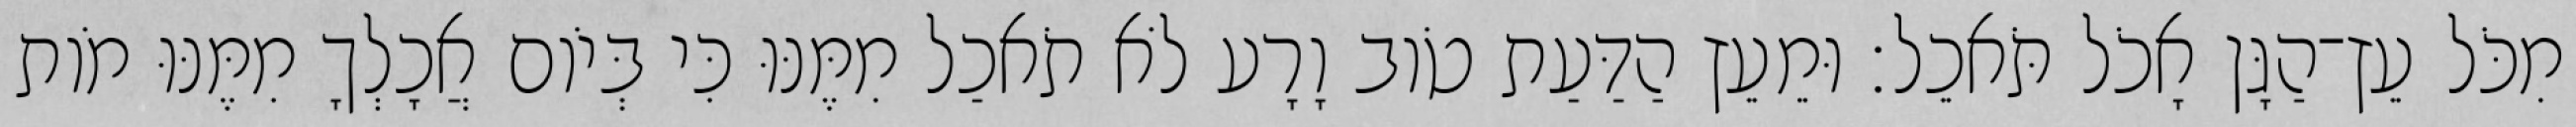
מִכֹּל עֵץ־הַגָּן אָכֹל תֹּאכֵל׃ וּמֵעֵץ הַדַּעַת טֹוב וָרָע לֹא תֹאכַל מִמֶּנּוּ כִּי בְּיֹום אֲכָלְךָ מִמֶּנּוּ מֹות